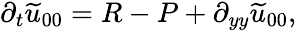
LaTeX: \partial_{t}\widetilde{u}_{00}=R-{P}+\partial_{yy}\widetilde{u}_{00},